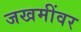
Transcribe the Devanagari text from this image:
जखमींवर